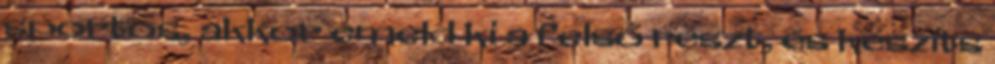
sportos, akkor emeld ki a felső részt, és készíts